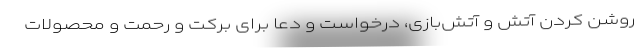
روشن کردن آتش و آتش‌بازی، درخواست و دعا برای برکت و رحمت و محصولات